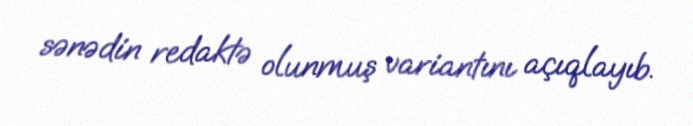
sənədin redaktə olunmuş variantını açıqlayıb.